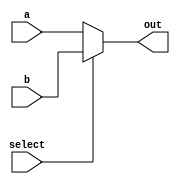
// Synthesizable code to implement a simple 2-to-1 multiplexer
module mux2to1(input wire a, b, select,
              output wire out);
  assign out = select ? b : a;
endmodule